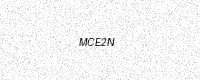
Text: MCE2N